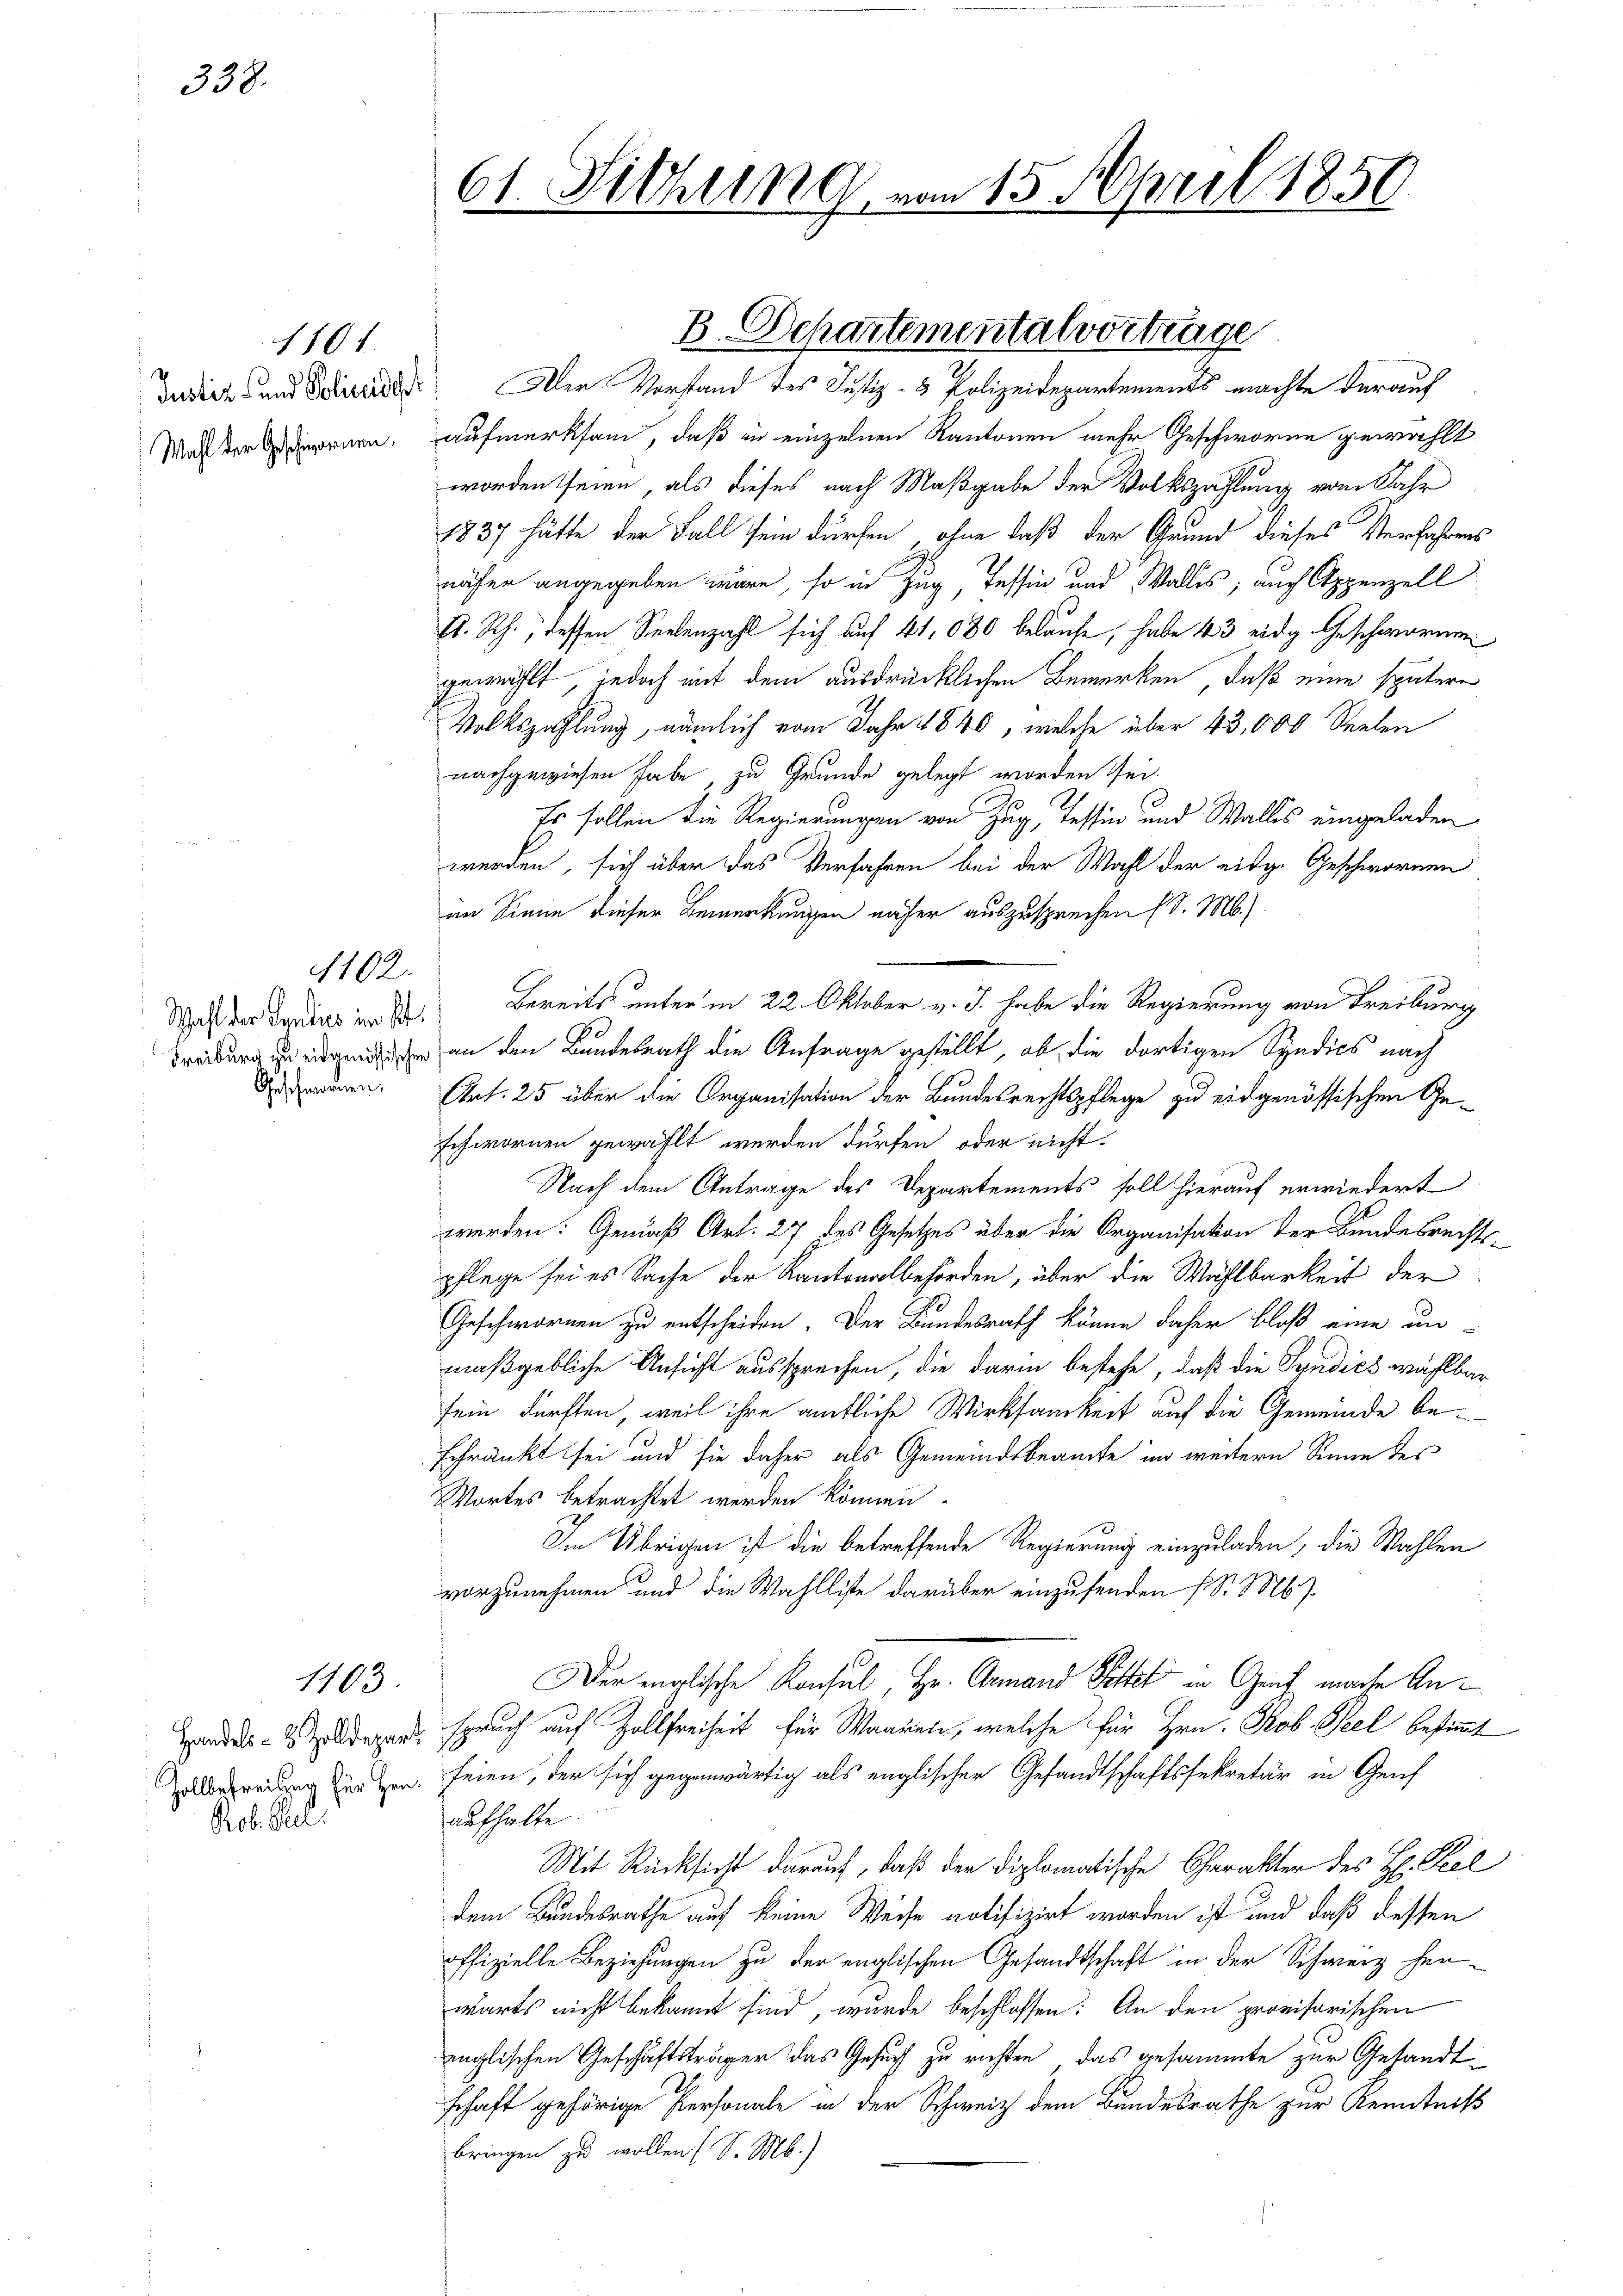
338.

Wahl der Geschwornen.

1101.

1102.

1103.

Prob. Reli

Dedich und Polizeides Der Vorfand des Justiz- & Polizeidepartements machte darauf
aufmerksam, daß in einzelnen Kantonen mehr Geschworne gewählt
worden seien, als dieses nach Maßgabe der Volkszahlung vom Jahr
1837 hätte der Fall sein dürfen, ohne daß der Grund dieses Verfahrens
näher angegeben wäre, so in Zug, Tessin und Walles, auch Appenzell
E. Rh., dessen Seelenzahl sich auf 41, 080 belaufe, habe 43 eidg. Geschwornen
gewählt, jedoch mit dem ausdrücklichen Bemerken, daß eine spätere
Volkszahlung, nämlich vom Jahr 1840, welche über 43,000 Seelen
nachgewiesen habe, zu Grunde gelegt worden sei.
Es sollen die Regierungen von Zug, Tessin und Wallis eingeladen
werden, sich über das Verfahren bei der Wahl der eidg. Geschwornen
im Sinne dieser Bemerkungen näher auszusprechen (S. M.)
Waßer darin in St. Bereits unterm 22. Oktober v. J. habe die Regierung von Freiburg
Freiburg in der an den Bundesrath die Anfrage gestellt, ob die dortigen Syndics nach
rden, Ehrt. 25 über die Organisation der Bundesrechtspflege zu eidgenössischen Geschwornen gewählt werden dürfen oder nicht.
Nach dem Antrage des Departements soll hierauf erwiedert
werden: Gemäß Art. 27 des Gesetzes über die Organisation der Bundesrechtspflege sei es Sache der Kantonalbehörden, über die Wahlbarkeit der
Geschwornen zu entscheiden. Der Bundesrath könne daher bloß eine un-
maßgebliche Ansicht aussprechen, die darin bestehe, daß die Syndics wählbar
sein dürften, weil ihre amtliche Wirksamkeit auf die Gemeinde beschränkt sei und sie daher als Gemeindsbeamte im weitern Sinne des
Wortes betrachtet werden können.
Im Übrigen ist die betreffende Regierung einzuladen, die Wahlen
vorzunehmen und die Wahlliste darüber einzusenden (S. Ms.
Der englische Konsul, Hr. Gemand Sittet in Genf mache An¬
Handels- & Zolldepart, spruch auf Zollfreiheit für Waaren, welche für Hrn. Kob. Peel bestimmt
zubegreiung setzen. seien, der sich gegenwärtig als englischer Gesandtschaftssekretär in Genf
aufhalte.
Mit Rücksicht darauf, daß der Diplomatische Charakter des H. Stel
dem Bundesrathe auf keine Weise notifizirt worden ist und daß dessen
offizielle Beziehungen zu der englischen Gesandtschaft in der Schweiz her-
wärts nicht bekannt sind, wurde beschlossen: An den provisorischen
inglischen Geschäftsträger das Gesuch zu richten, das gesammte zur Gesandt
schaft gehörige Personale in der Schweiz dem Bundesrathe zur Kenntniß
bringen zu wollen (S. M.)

61. Fichung von 15. April 1856

B. Departementalvorträge